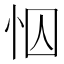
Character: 𢘄